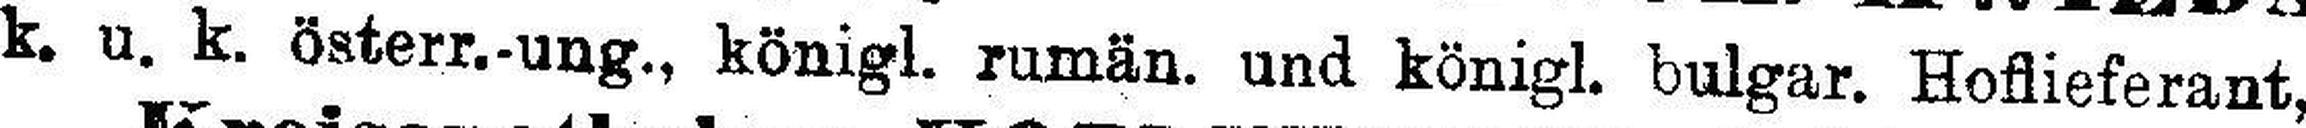
k. u. k. österr.-ung., königl. rumän. und königl. bulgar. Hoflieferant,